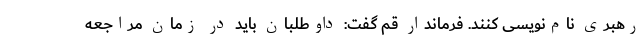
رهبری نام‌نویسی کنند. فرماندار قم گفت: داوطلبان باید در زمان مراجعه